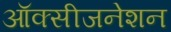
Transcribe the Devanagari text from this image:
ऑक्सीजनेशन